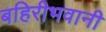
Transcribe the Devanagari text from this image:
बहिरीभवानी